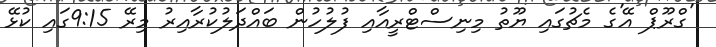
'ގްރޫޕް އޭ'ގެ މެޗުގައި ޔޫތު މިނިސްޓްރީއާއި ފުލުހުން ބައްދަލުކުރާއިރު މިރޭ 9:15ގައި ކުޅޭ